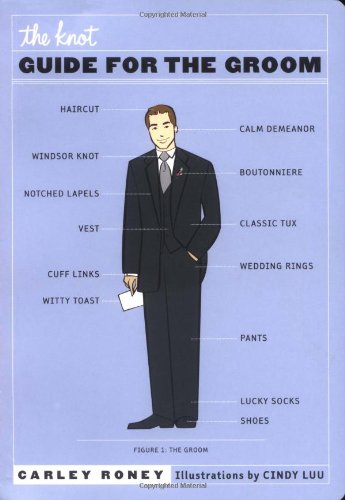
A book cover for The Knot Guide for the Groom; Carley Roney; Crafts, Hobbies & Home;